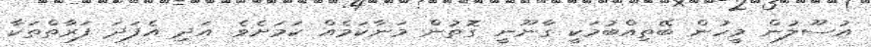
އުސޫލުން މީހުން ބޭތިއްބުމަކީ ގާނޫނީ ގޮތުން މަނާކަމެއް ކަމަށެވެ. އަދި އެފަދަ ފަރާތްތަކާ